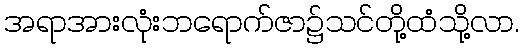
အရာအားလုံးဘရောက်ဇာ၌သင်တို့ထံသို့လာ.